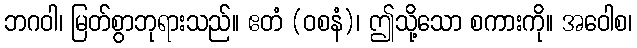
ဘဂဝါ၊ မြတ်စွာဘုရားသည်။ ဧတံ (ဝစနံ)၊ ဤသို့သော စကားကို။ အဝေါစ၊